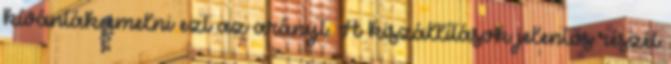
kívánták emelni ezt az arányt. A kiszállítások jelentős részét